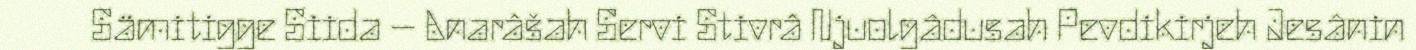
Sämitigge Siida – Anarâšah Servi Stivrâ Njuolgâdusah Pevdikirjeh Jesânin